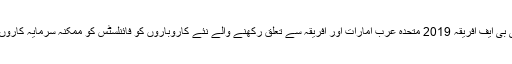
ایک اور خاص بات جی بی ایف مینٹورشپ پروگرام ہے کیونکہ جی بی ایف افریقہ 2019 متحدہ عرب امارات اور افریقہ سے تعلق رکھنے والے نئے کاروباروں کو فائنلسٹس کو ممکنہ سرمایہ کاروں اور کاروباری شراکت داروں سے رابطہ قائم کرنے موقع ملے گا۔